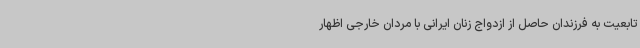
تابعیت به فرزندان حاصل از ازدواج زنان ایرانی با مردان خارجی اظهار